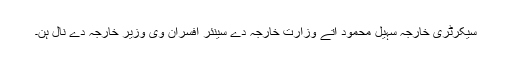
سیکرٹری خارجہ سہیل محمود اتے وزارت خارجہ دے سینئر افسران وی وزیر خارجہ دے نال ہن۔